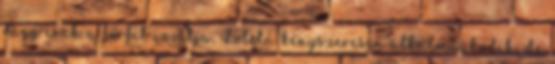
vágy csak a férfit izzítja, Lolita kényszeresen alkalmazkodik, de